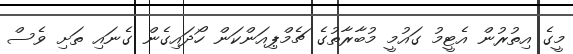
މީގެ އިތުރުން އެޓީމު ގައުމީ މުބާރާތުގެ ޗެމްޕިއަންކަން ހޯދައިގެން ގެނައި ތަށި ވެސް